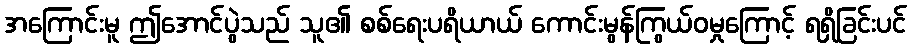
အကြောင်းမူ ဤအောင်ပွဲသည် သူ၏ စစ်ရေးပရိယာယ် ကောင်းမွန်ကြွယ်ဝမှုကြောင့် ရရှိခြင်းပင်